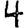
Digit: 4